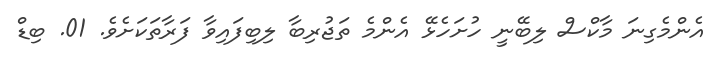
އެންމެގިނަ މާކްސް ލިބޭނީ ހުށަހެޅޭ އެންމެ ތަޖުރިބާ ލިބިފައިވާ ފަރާތަކަށެވެ. 01. ބިޑް